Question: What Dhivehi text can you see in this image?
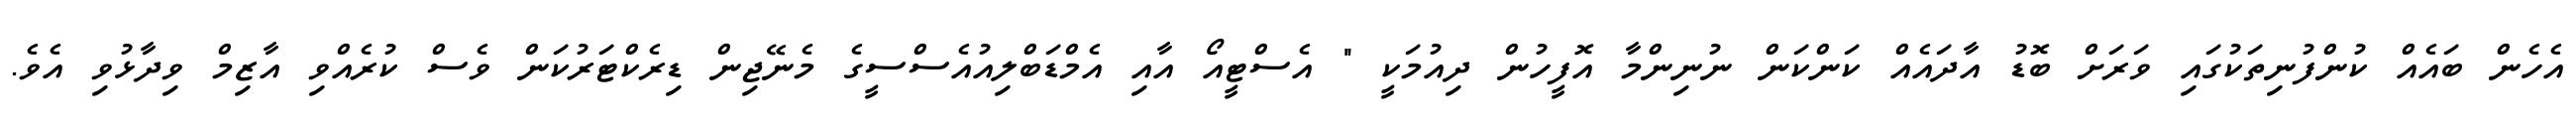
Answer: އެހެން ބައެއް ކުންފުނިތަކުގައި ވަރަށް ބޮޑު އާދައެއް ކަންކަން ނުނިންމާ އޮފީހުން ދިއުމަކީ " އެސްޓީއޯ އާއި އެމްޑަބްލިއުއެސްސީގެ މެނޭޖިން ޑިރެކްޓަރުކަން ވެސް ކުރެއްވި އާޒިމް ވިދާޅުވި އެވެ.